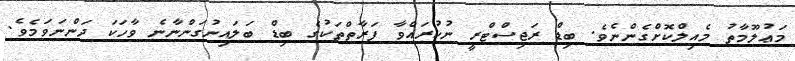
މަޢުލޫމާތު މެއިލްކޮށްގެންނެވެ. ބިޑް ރަޖިސްޓްރީ ނުކުރައްވާ ފަރާތްތަކުގެ ބިޑް ބަލައިނުގަންނާނެ ވާހަކަ ދަންނަވަމެވެ.